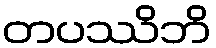
တပဿိဘိ